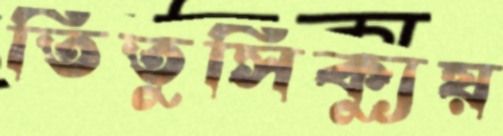
তিতুসিক্যুয়